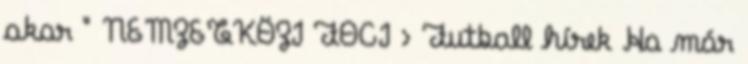
akar " NEMZETKÖZI FOCI › Futball hírek Ha már